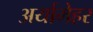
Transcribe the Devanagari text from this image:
अर्यामेहर